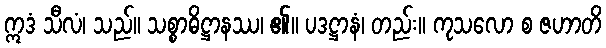
ဣဒံ သီလံ၊ သည်။ သစ္စာဓိဋ္ဌာနဿ၊ ၏။ ပဒဋ္ဌာနံ၊ တည်း။ ကုသလော စ ဇဟာတိ